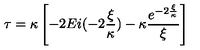
\tau = \kappa \left[ - 2 E i ( - 2 \frac { \xi } { \kappa } ) - \kappa \frac { e ^ { - 2 \frac { \xi } { \kappa } } } { \xi } \right]